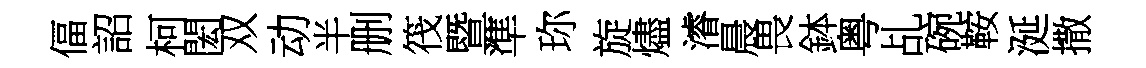
偪詔柯閎双动半删筏暨準珎旋燼濬晨畏鉢粤乩碗鞍涎撒